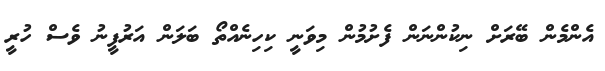
އެންމެން ބޭރަށް ނިކުންނަން ފެށުމުން މިވަނީ ކިހިނެއްތޯ ބަލަން އަރުފީނު ވެސް ހުރީ